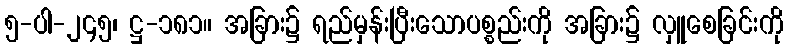
၅-ပါ-၂၄၅၊ ဋ္ဌ-၁၈၁။ အခြား၌ ရည်မှန်းပြီးသောပစ္စည်းကို အခြား၌ လှူစေခြင်းကို